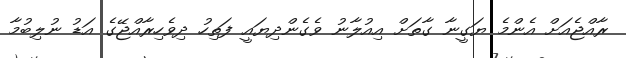
ރާއްޖެއަށް އެންމެ ޔަގީނާ ގާތަށް އިއުލާނު ވެގެންދިޔައީ ފަތިހު ދިވެހިރާއްޖޭގެ އަޑު ނުލިބުމާ